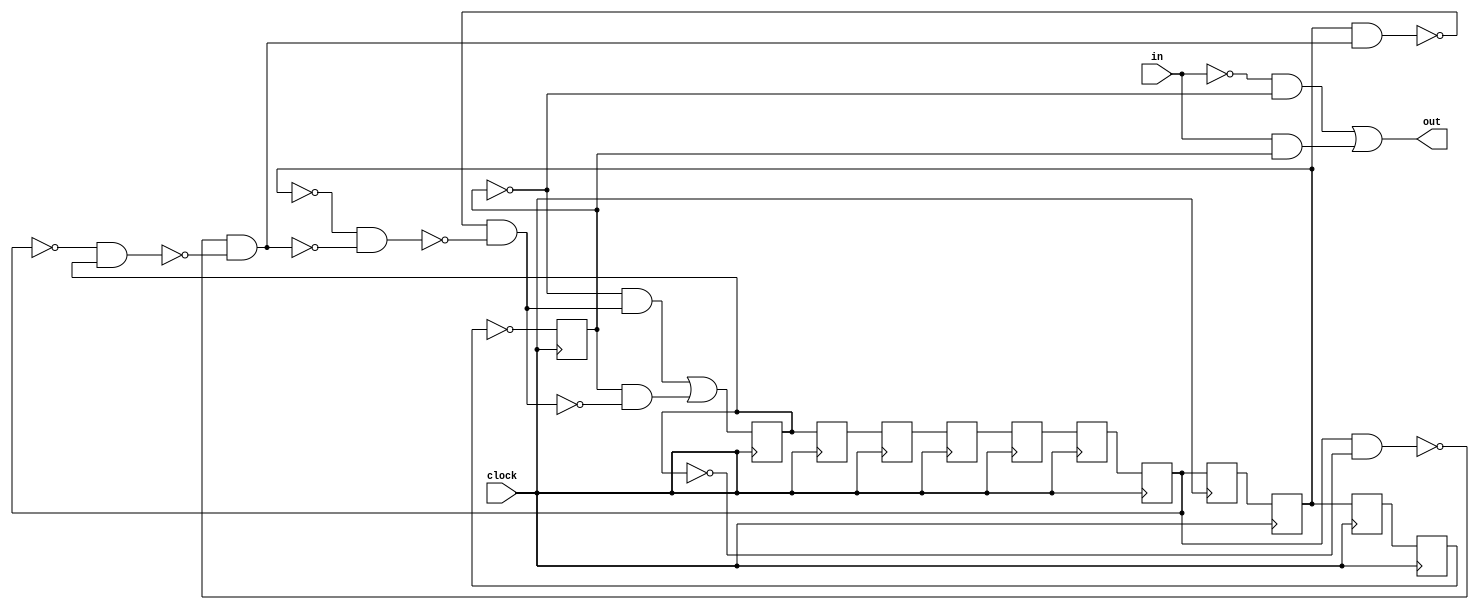
// Benchmark "LFSR_12_6_4" written by ABC on Fri Nov 21 18:23:08 2014

module LFSR_12_6_4 ( clock, 
    in,
    out  );
  input  clock;
  input  in;
  output out;
  reg reg_1 , reg_2 , reg_3 , reg_4 , reg_5 , reg_6 , reg_7 ,
    reg_8 , reg_9 , reg_10 , reg_11 , reg_12 ;
  wire n39, n40, n42, n43, n44, n45, n46, n47, n48, n49, n6, n11, n16, n21,
    n26, n31, n36, n41_1, n46_1, n51, n56, n61;
  assign n39 = ~in & ~reg_1 ;
  assign n40 = in & reg_1 ;
  assign out = n39 | n40;
  assign n42 = reg_6  & ~reg_12 ;
  assign n43 = ~reg_6  & reg_12 ;
  assign n44 = ~n42 & ~n43;
  assign n45 = reg_4  & n44;
  assign n46 = ~reg_4  & ~n44;
  assign n47 = ~n45 & ~n46;
  assign n48 = ~reg_1  & n47;
  assign n49 = reg_1  & ~n47;
  assign n61 = n48 | n49;
  assign n6 = ~reg_2 ;
  assign n11 = reg_3 ;
  assign n16 = reg_4 ;
  assign n21 = reg_5 ;
  assign n26 = reg_6 ;
  assign n31 = reg_7 ;
  assign n36 = reg_8 ;
  assign n41_1 = reg_9 ;
  assign n46_1 = reg_10 ;
  assign n51 = reg_11 ;
  assign n56 = reg_12 ;
  always @ (posedge clock) begin
    reg_1  <= n6;
    reg_2  <= n11;
    reg_3  <= n16;
    reg_4  <= n21;
    reg_5  <= n26;
    reg_6  <= n31;
    reg_7  <= n36;
    reg_8  <= n41_1;
    reg_9  <= n46_1;
    reg_10  <= n51;
    reg_11  <= n56;
    reg_12  <= n61;
  end
  initial begin
    reg_1  <= 1'b0;
    reg_2  <= 1'b0;
    reg_3  <= 1'b0;
    reg_4  <= 1'b0;
    reg_5  <= 1'b0;
    reg_6  <= 1'b0;
    reg_7  <= 1'b0;
    reg_8  <= 1'b0;
    reg_9  <= 1'b0;
    reg_10  <= 1'b0;
    reg_11  <= 1'b0;
    reg_12  <= 1'b0;
  end
endmodule